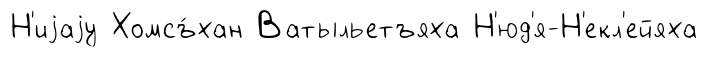
Н'иjаjу Хомсъ́хан Ватыльетъяха Н'юд'я-Н'екл'ейяха